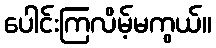
ပေါင်းကြလိမ့်မကွယ်။